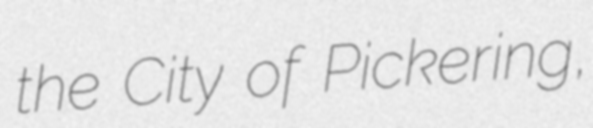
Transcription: the City of Pickering,